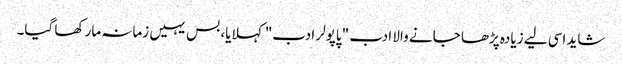
شاید اسی لیے زیادہ پڑھا جانے والا ادب "پاپولر ادب" کہلایا، بس یہیں زمانہ مار کھا گیا۔